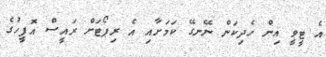
އެ ޓީވީ އިން ހެދިކަން ނޭނގޭ ކަމަށާއި އެ ރިޕޯޓަށް ރައީސް އޮފީހުގެ